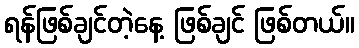
ရန်ဖြစ်ချင်တဲ့နေ့ ဖြစ်ချင် ဖြစ်တယ်။